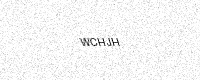
Text: WCHJH